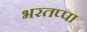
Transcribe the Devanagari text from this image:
भरतप्पा